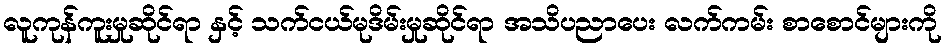
လူကုန်ကူးမှုဆိုင်ရာ နှင့် သက်ငယ်မုဒိမ်းမှုဆိုင်ရာ အသိပညာပေး လက်ကမ်း စာစောင်များကို